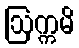
ဩက္ကမိ